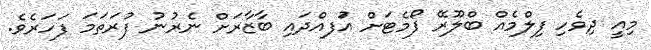
މިއީ ދިވެހި ފިލްމެއް ބްލޫރޭ ފޯމެޓަށް އުަފއްދައި ބާޒާރަށް ނެރުނު ފުރަތަމަ ފަހަރެވެ.